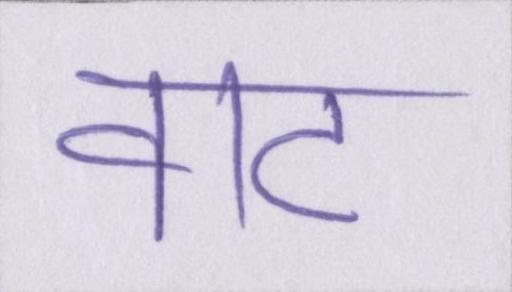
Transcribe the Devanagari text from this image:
वाट